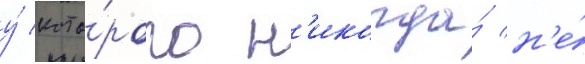
у́ кото́рого н'икогда́ н'е́